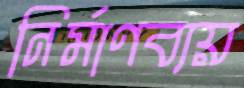
নির্মাণব্যয়